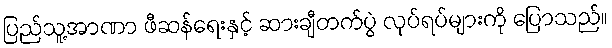
ပြည်သူ့အာဏာ ဖီဆန်ရေးနှင့် ဆားချီတက်ပွဲ လုပ်ရပ်များကို ပြောသည်။